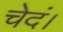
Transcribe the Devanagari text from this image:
चेदं।